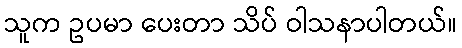
သူက ဥပမာ ပေးတာ သိပ် ဝါသနာပါတယ်။